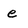
Character: e